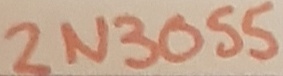
Text: 2N3055